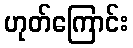
ဟုတ်ကြောင်း